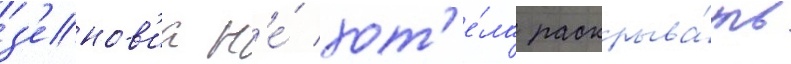
з'енов'иа н'е́ хот'е́ла раскрыва́ть